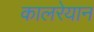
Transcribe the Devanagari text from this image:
कालरेयान